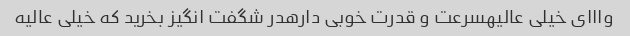
وااای خیلی عالیهسرعت و قدرت خوبی دارهدر شگفت انگیز بخرید که خیلی عالیه